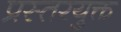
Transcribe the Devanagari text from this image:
प्रस्तरयुक्त